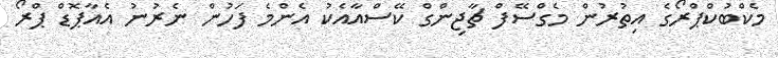
މެކްބުކްޕްރޯގެ އިތުރުން މެގްސޭފް ޗާޖިންގް ކޭސްއާއެކު އެންމެ ފަހުން ނެރުނު އެއާޕޮޑް ޕްރޯ